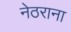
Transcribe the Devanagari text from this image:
नेठराना